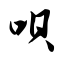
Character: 呗